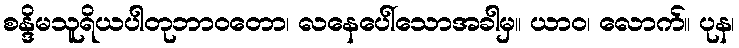
စန္ဒိမသူရိယပါတုဘာဝတော၊ လနေပေါ်သောအခါမှ။ ယာဝ၊ လောက်။ ပုန၊